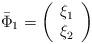
LaTeX: \begin{align*}\bar \Phi _1=\left(\begin{array}{c}\xi _1 \\\xi _2\end{array}\right)\end{align*}